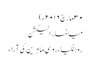
۳۰ مارچ ۲۰۱۶ء)
میانمار الیکشن
روہنگیا ، روسی ماہرین کی آراء